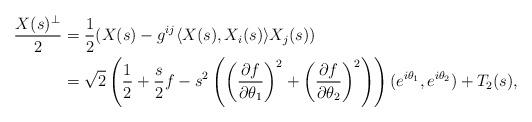
LaTeX: \begin{align*}\frac{X(s)^{\perp}}{2}&=\frac{1}{2}(X(s)-g^{ij}\langle X(s),X_i(s)\rangle X_j(s))\\&=\sqrt{2}\left(\frac{1}{2}+\frac{s}{2}f-s^2\left(\left(\frac{\partial f}{\partial\theta_1}\right)^2+\left(\frac{\partial f}{\partial\theta_2}\right)^2\right)\right)(e^{i\theta_1},e^{i\theta_2})+T_2(s),\end{align*}